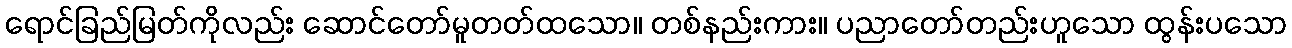
ရောင်ခြည်မြတ်ကိုလည်း ဆောင်တော်မူတတ်ထသော။ တစ်နည်းကား။ ပညာတော်တည်းဟူသော ထွန်းပသော